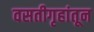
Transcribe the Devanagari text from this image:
वसतीगृहांतून